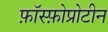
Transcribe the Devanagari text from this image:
फ़ॉस्फ़ोप्रोटीन